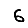
Digit: 6